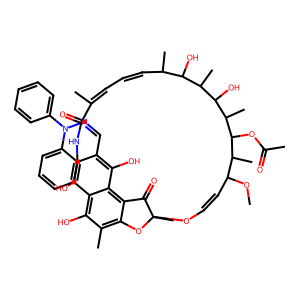
SMILES: COC1C=COC2(C)Oc3c(C)c(O)c4c(O)c(c(C=NN(c5ccccc5)c5ccccc5)c(O)c4c3C2=O)NC(=O)C(C)=CC=CC(C)C(O)C(C)C(O)C(C)C(OC(C)=O)C1C
Inhibits HIV replication: No